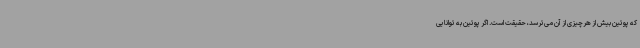
که پوتین بیش از هرچیزی از آن می‌ترسد،‌ حقیقت است. اگر پوتین به توانایی